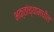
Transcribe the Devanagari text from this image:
भक्तांच्यामधील